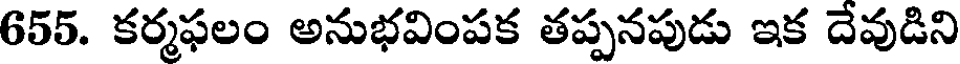
655. కర్మఫలం అనుభవింపక తప్పనపుడు ఇక దేవుడిని